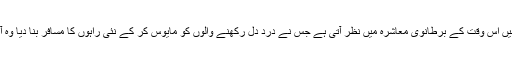
جو تنگ نظری ہمیں اس وقت کے برطانوی معاشرہ میں نظر آتی ہے جس نے درد دل رکھنے والوں کو مایوس کر کے نئی راہوں کا مسافر بنا دیا وہ آج ہمارا حوالہ ہے۔